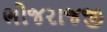
ભોજરાજજી